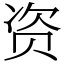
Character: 资